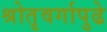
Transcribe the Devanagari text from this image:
श्रोतृवर्गापुढे